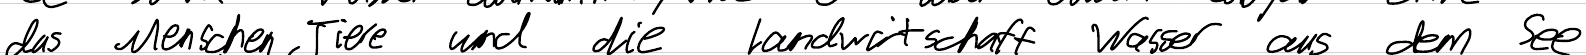
das Menschen, Tiere und die Landwirtschaft Wasser aus dem See